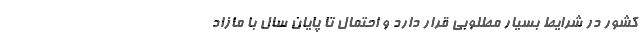
کشور در شرایط بسیار مطلوبی قرار دارد و احتمال تا پایان سال با مازاد